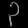
Digit: ၃